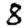
Digit: 8